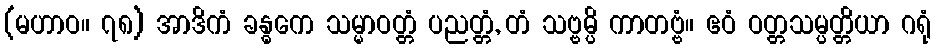
(မဟာဝ။ ၇၈) အာဒိကံ ခန္ဓကေ သမ္မာဝတ္တံ ပညတ္တံ, တံ သဗ္ဗမ္ပိ ကာတဗ္ဗံ။ ဧဝံ ဝတ္တသမ္ပတ္တိယာ ဂရုံ